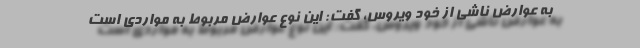
به عوارض ناشی از خود ویروس، گفت: این نوع عوارض مربوط به مواردی است